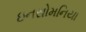
ઇનસોમનિયા